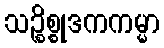
သဉ္စိစ္စုဒကကမ္မာ